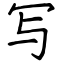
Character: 写